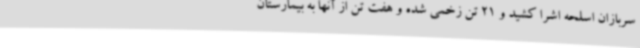
سربازان اسلحه اشرا کشید و 21 تن زخمی شده و هفت تن از آنها به بیمارستان